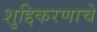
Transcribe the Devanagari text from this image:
शुद्दिकरणाचे